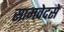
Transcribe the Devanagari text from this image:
सामवेदसे